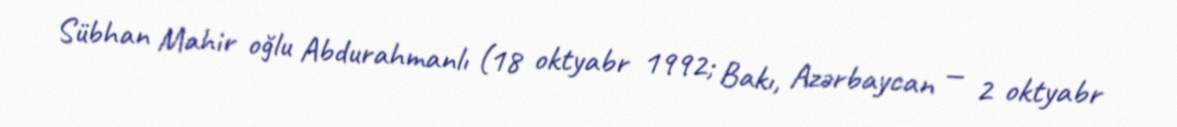
Sübhan Mahir oğlu Abdurahmanlı (18 oktyabr 1992; Bakı, Azərbaycan — 2 oktyabr